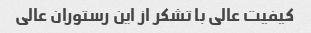
کیفیت عالی با تشکر از این رستوران عالی